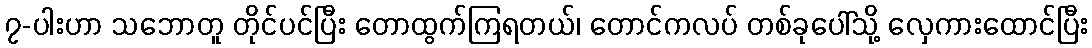
၇-ပါးဟာ သဘောတူ တိုင်ပင်ပြီး တောထွက်ကြရတယ်၊ တောင်ကလပ် တစ်ခုပေါ်သို့ လှေကားထောင်ပြီး